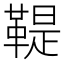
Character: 鞮